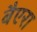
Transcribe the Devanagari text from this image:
बैएरा